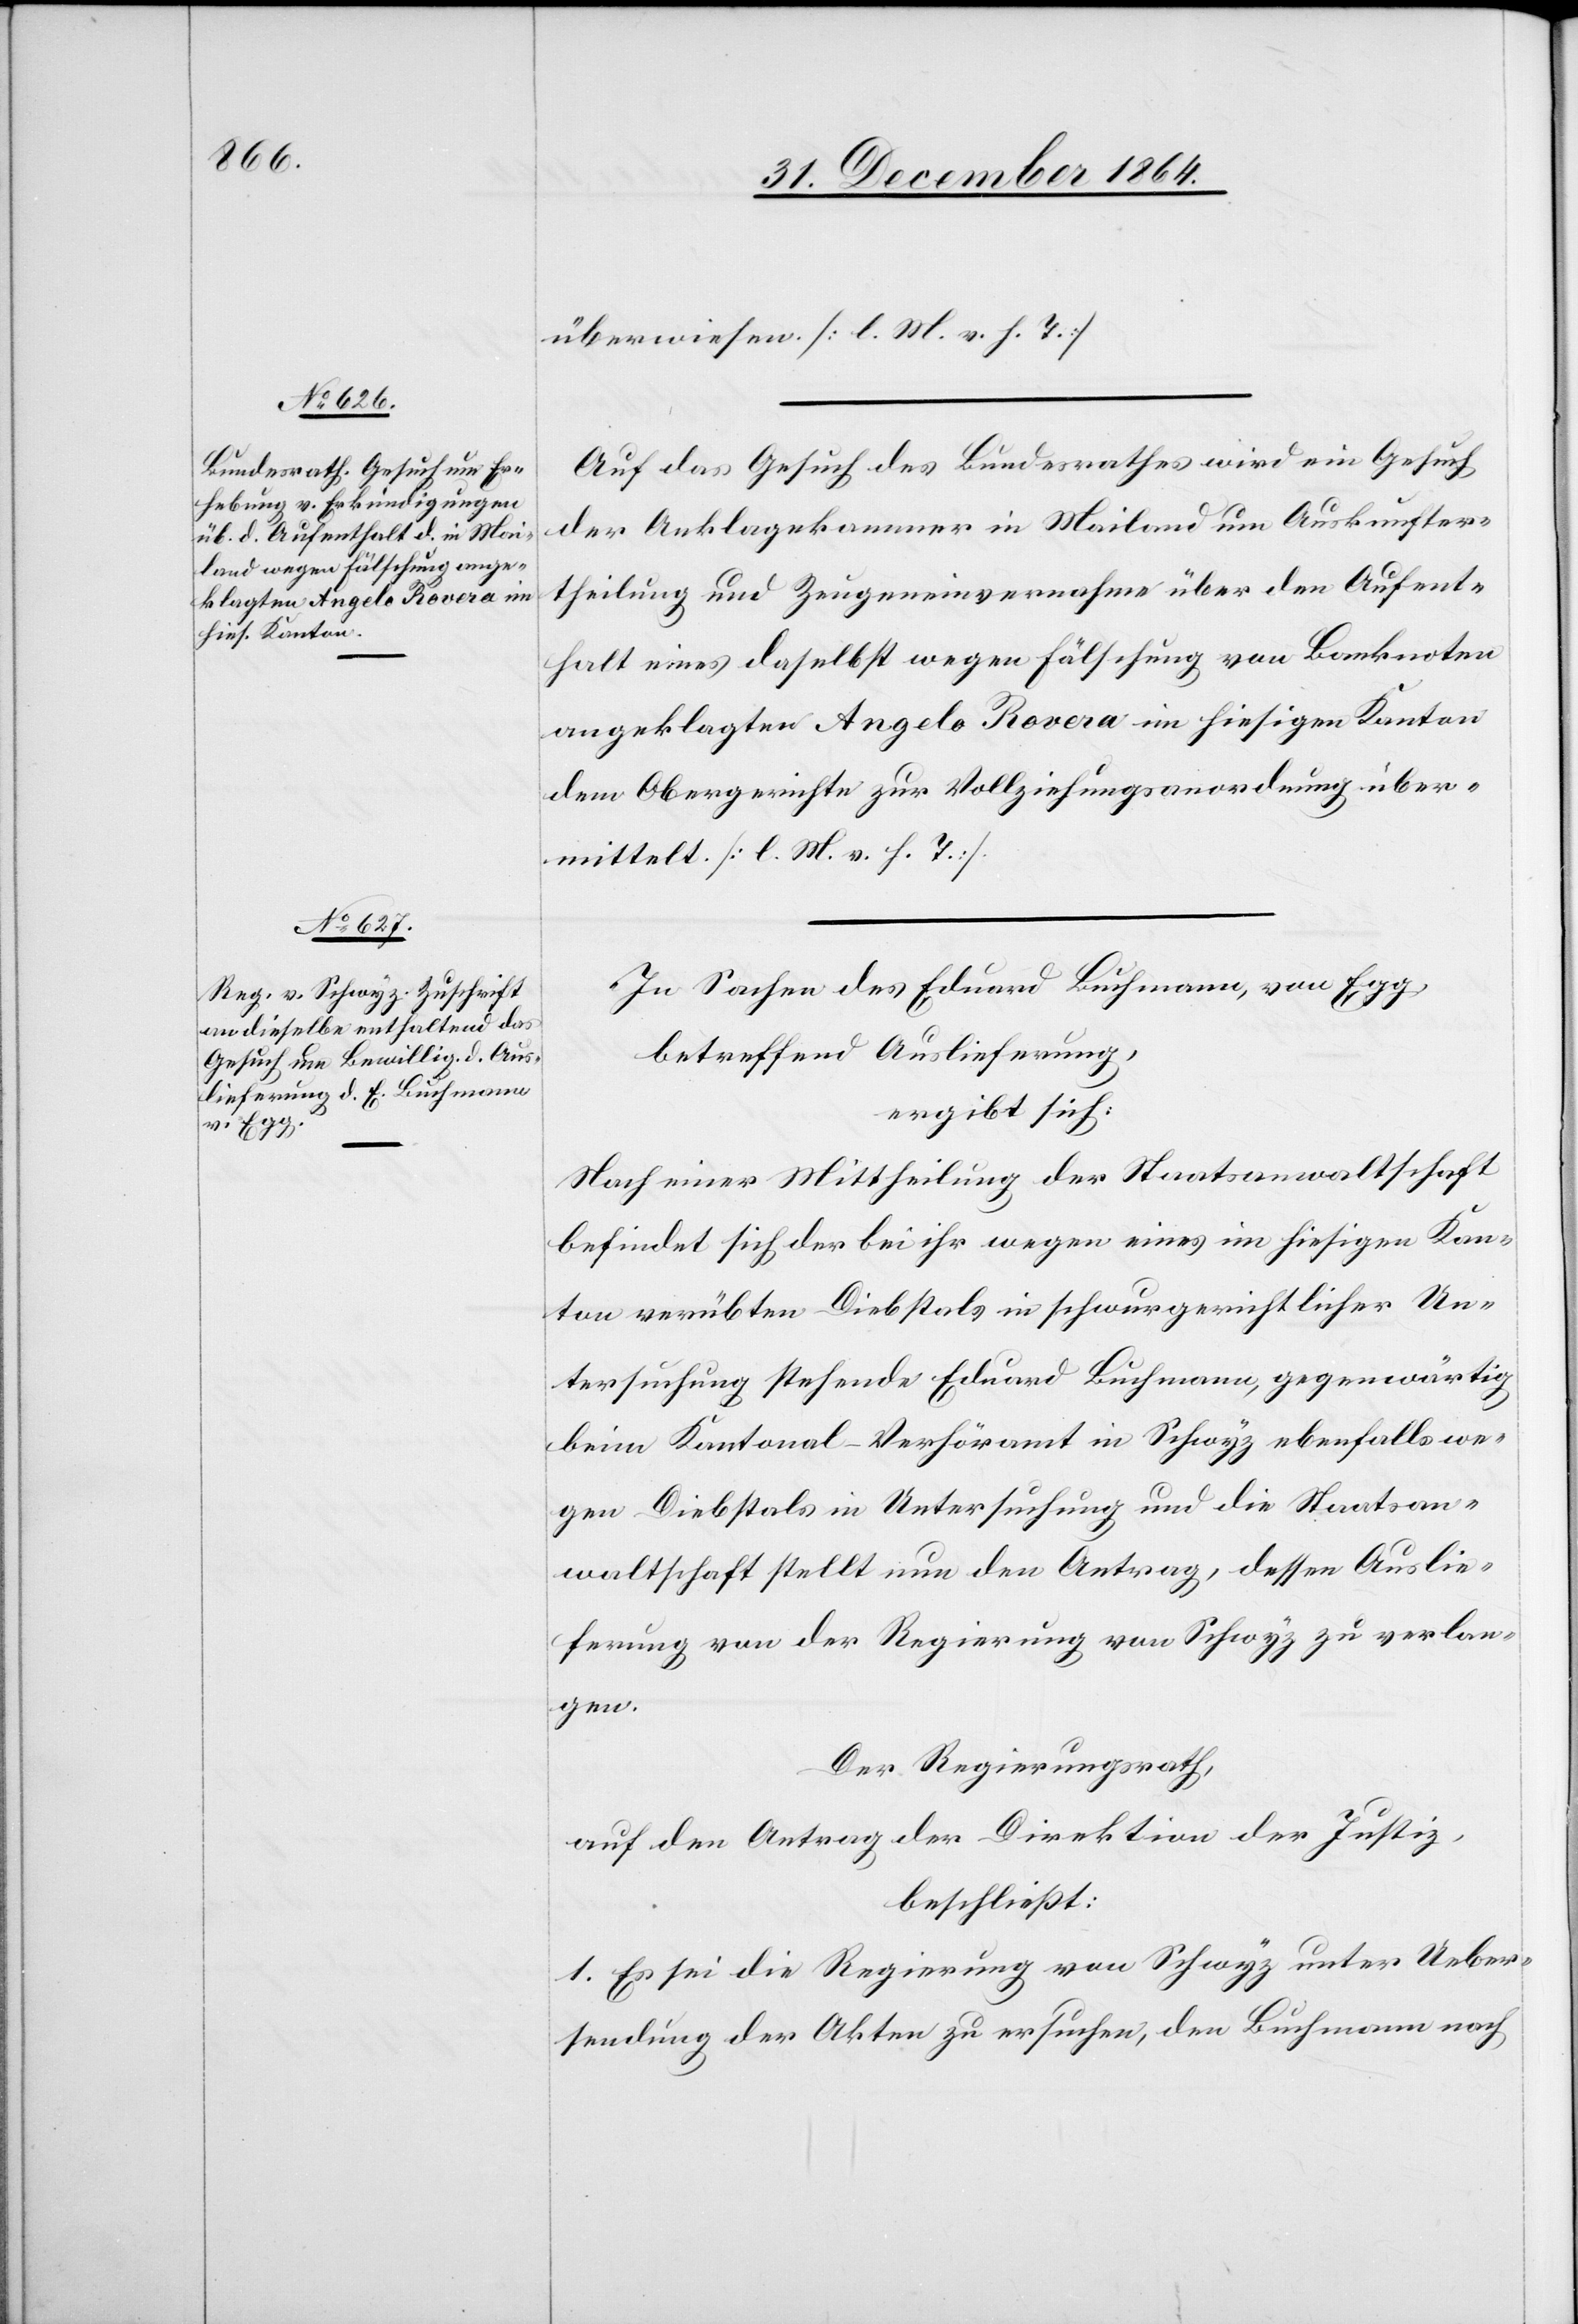
überwiesen. [l. M. v. h. T.]
Auf das Gesuch des Bundesrathes wird ein Gesuch
der Anklagekammer in Mailand um Auskunfter¬
haltung und Zeugeneinvernahme über den Aufent¬
halt eines daselbst wegen Fälschung von Banknoten
angeklagten Angelo Rovera im hiesigen Kanton
dem Obergerichte zur Vollziehungsanordnung über¬
mittelt. [l. M. v. h. T.]
In Sachen des Eduard Buchmann, von Egg,
betreffend Auslieferung,
ergibt sich:
Nach einer Mittheilung der Staatsanwaltschaft
befindet sich der bei ihr wegen eines im hiesigen Kan¬
ton verübten Diebstals in schwurgerichtlicher Un¬
tersuchung stehende Eduard Buchmann, gegenwärtig
beim Kantonal-Verhöramt in Schwyz ebenfalls we¬
gen Diebstals in Untersuchung und die Staatsan¬
waltschaft stellt nun den Antrag, dessen Auslie¬
ferung von der Regierung von Schwyz zu verlan¬
gen.
Der Regierungsrath,
auf den Antrag der Direktion der Justiz,
beschließt:
1. Es sei die Regierung von Schwyz unter Ueber¬
sendung der Akten zu ersuchen, den Buchmann nach